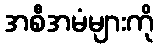
အစီအမံများကို